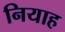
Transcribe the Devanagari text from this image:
नियाह